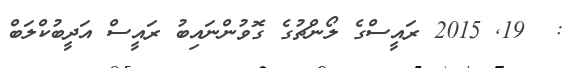
:  19